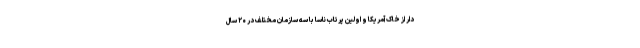
دار از خاک آمریکا و اولین پرتاب ناسا با سه سازمان مختلف در ۲۰ سال